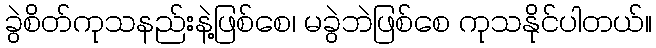
ခွဲစိတ်ကုသနည်းနဲ့ဖြစ်စေ၊ မခွဲဘဲဖြစ်စေ ကုသနိုင်ပါတယ်။